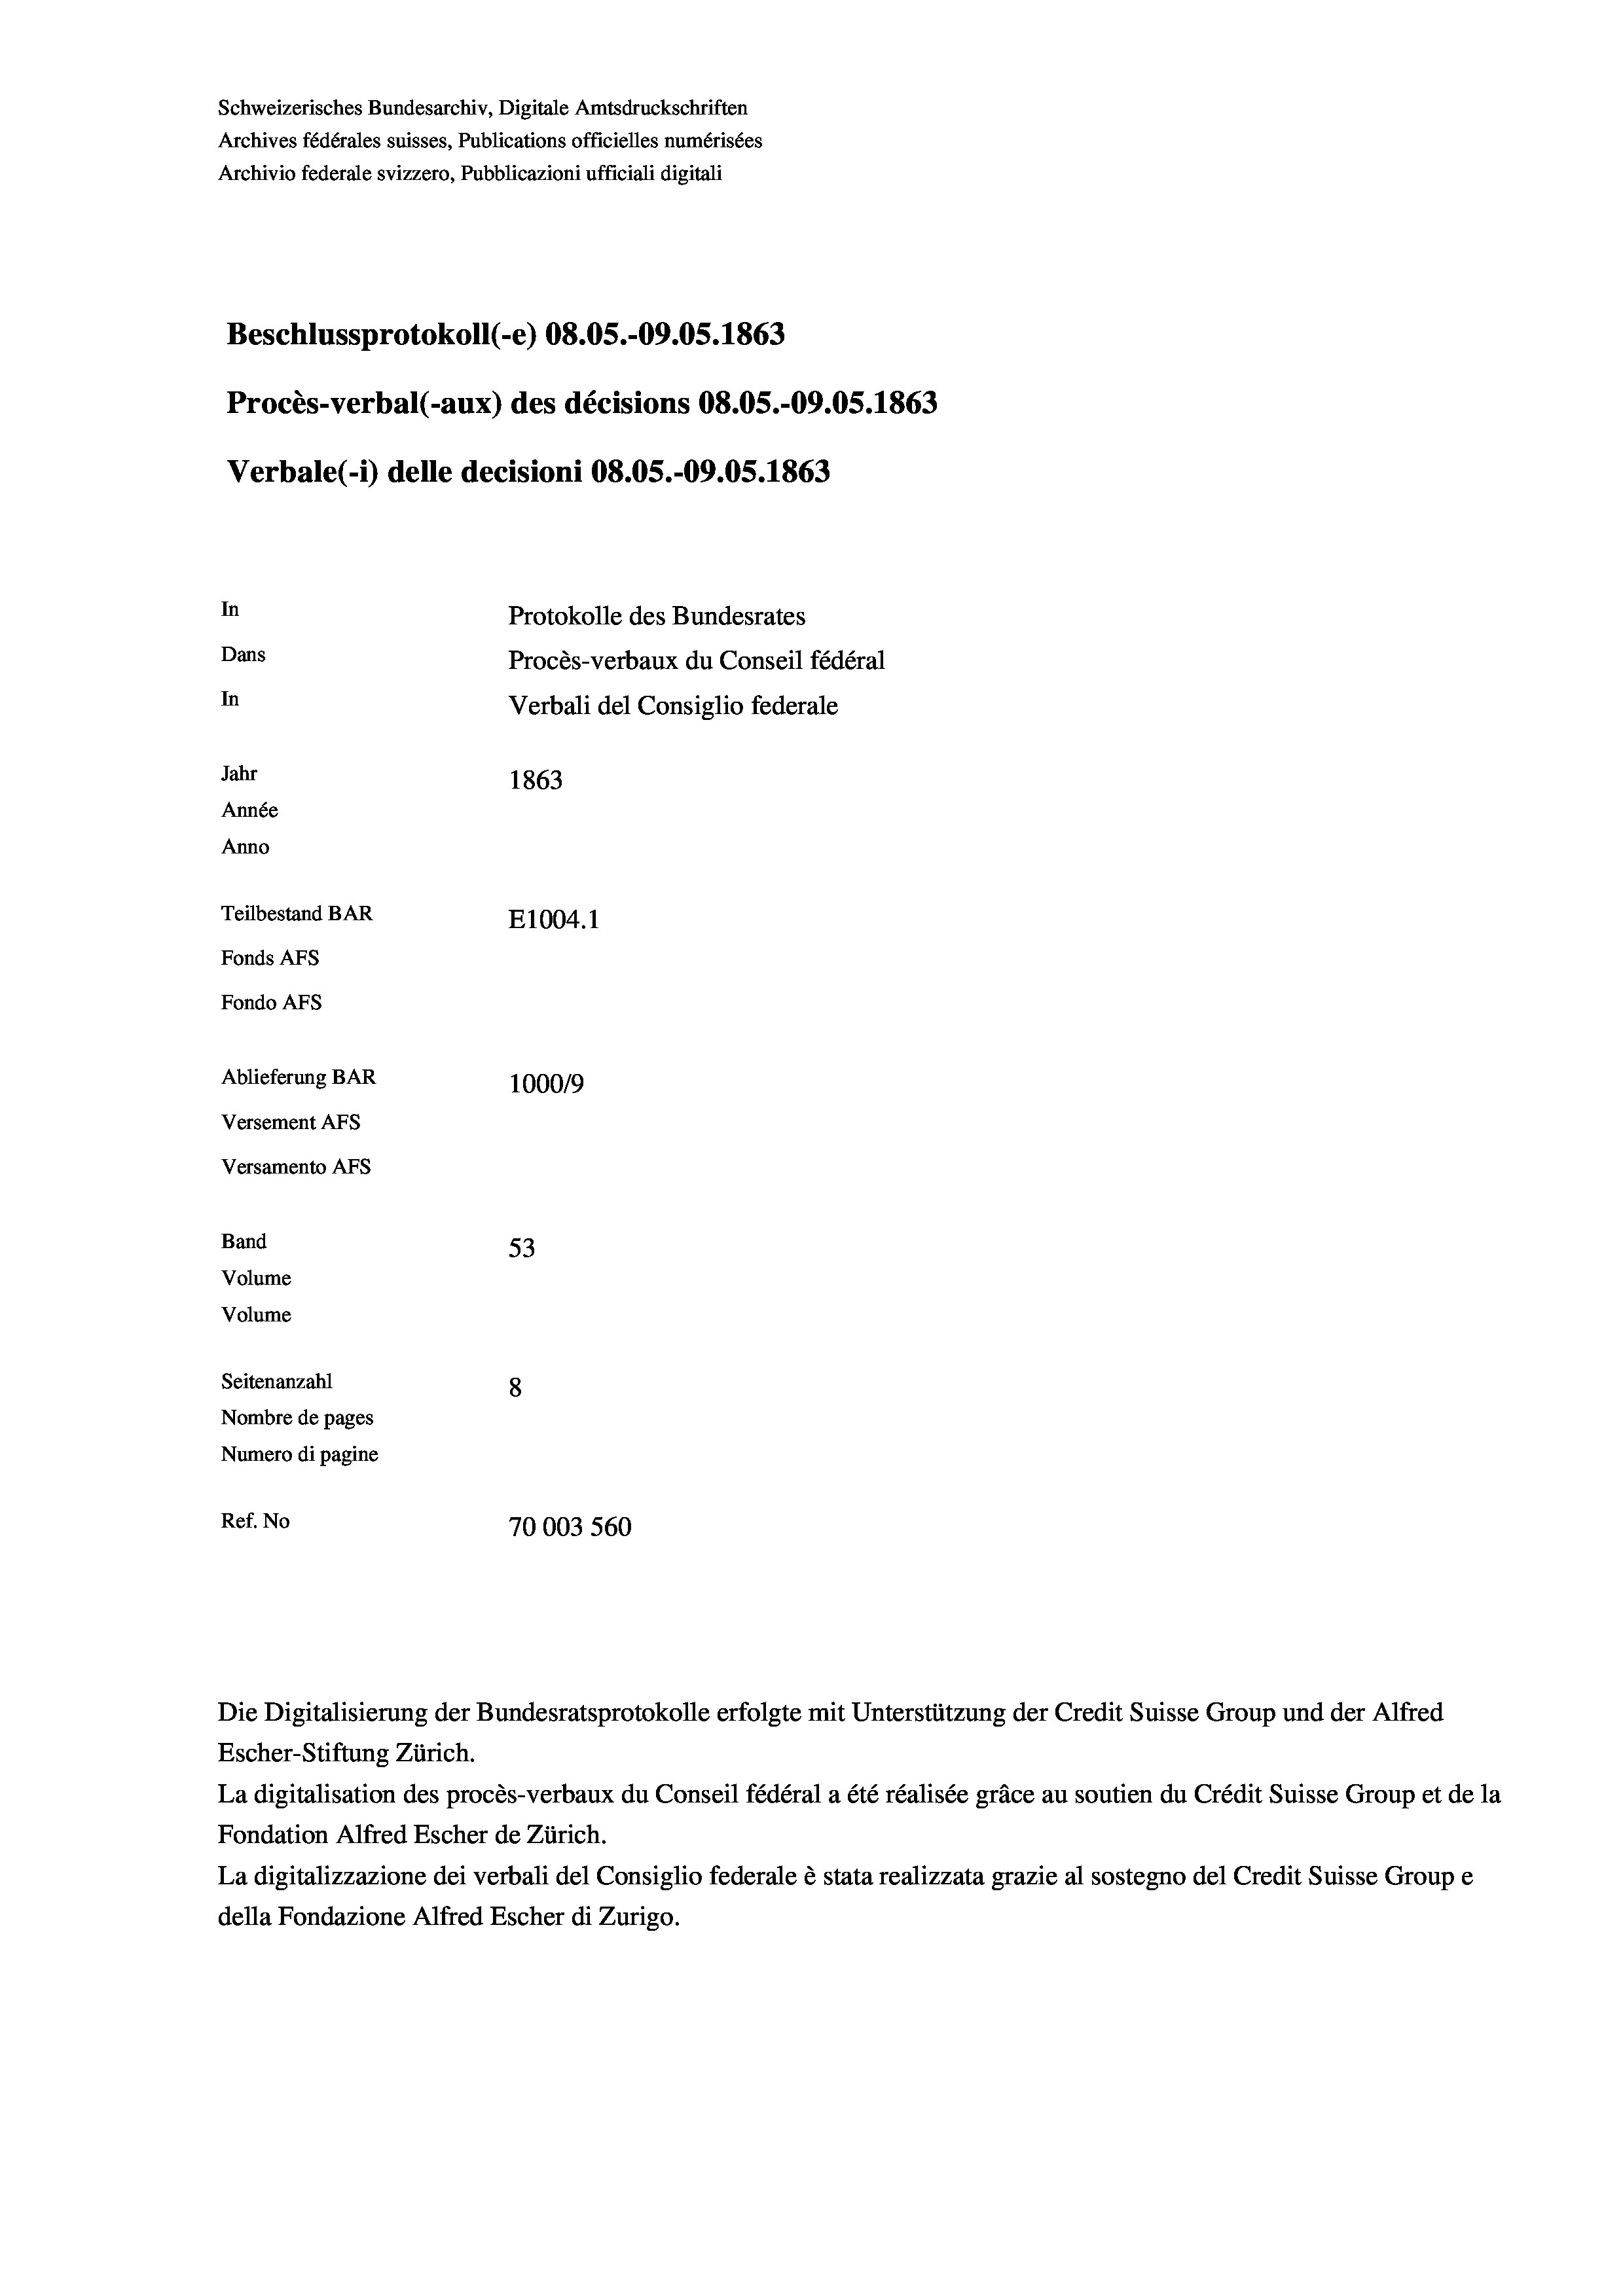
Schweizerisches Bundesarchiv, Digitale Amtsdruckschriften
Archives fédérales suisses, Publications officielles numérisées
Archivio federale svizzero, Pubblicazioni ufficiali digitali
Beschlussprotokoll (-e) 08.05.-09.05. 1863
Procès-verbal (-aux) des décisions 08.05.-09.05. 1863
Verbale(*) delle decisioni 08.05.-09.05. 1863
In
Protokolle des Bundesrates
Dans
Procès-verbaux du Conseil fédéral
In
Verbali del Consiglio federale
Jahr
1863
Année
Anno
Teilbestand BAR
E1004. 1
Fonds AFs
Fondo Afs
Ablieferung BAR
100019
Versement AFs
Versamento AFs
Band
53
Volume
Volume

Seitenanzahl
8
Nombre de pages
Numero di pagine
Ref. No
70003 560

Escher-Stiftung Zürich.
La digitalisation des procès-verbaux du Conseil fédéral a été réalisée gräce au soutien du Crédit Suisse Group et de la
Fondation Alfred Escher de Zürich.
La digitalizzazione dei verbali del Consiglio federale è stata realizzata grazie al sostegno del Credit Suisse Groupe
della Fondazione Alfred Escher di Zurigo.

Die Digitalisierung der Bundesratsprotokolle erfolgte mit Unterstützung der Credit Suisse Group und der Alfred